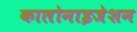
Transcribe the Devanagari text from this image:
कालोनाइजेशन